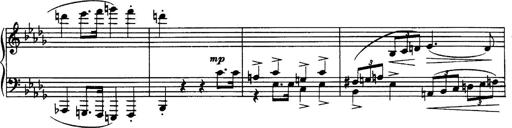
Title: 3 Sonatinas, Op.67
Composer: Jean Sibelius